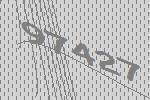
97427